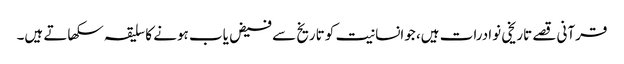
قرآنی قصے تاریخی نوادرات ہیں، جوانسانیت کو تاریخ سے فیض یاب ہونے کا سلیقہ سکھاتے ہیں۔